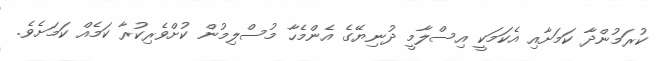
ކުރަމުންދާ ކަމަށާއި އެކަމަކީ އިސްލާމީ ދުނިޔޭގެ އެންމެހާ މުސްލިމުން ކުށްވެރިކުރާ ކަމެއް ކަމަށެވެ.